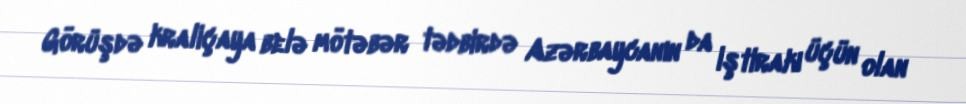
Görüşdə kraliçaya belə mötəbər tədbirdə Azərbaycanın da iştirakı üçün olan